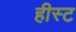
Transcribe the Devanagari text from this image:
हीस्ट